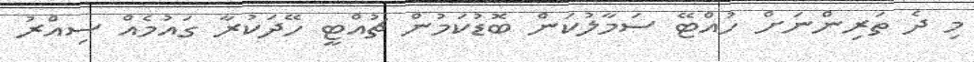
މި ދެ ތަރިންނަށް ހުއްޓޭ ސަމާލުކަން ބޮޑުކަމުން ޗުއްޓީ ހޭދަކުރާ ގައުމެއް ސިއްރު